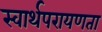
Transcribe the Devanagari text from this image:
स्वार्थपरायणता